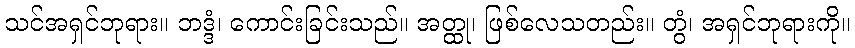
သင်အရှင်ဘုရား။ ဘဒ္ဒံ၊ ကောင်းခြင်းသည်။ အတ္ထု၊ ဖြစ်လေသတည်း။ တွံ၊ အရှင်ဘုရားကို။